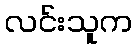
လင်းသူက